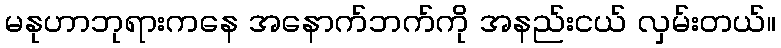
မနုဟာဘုရားကနေ အနောက်ဘက်ကို အနည်းငယ် လှမ်းတယ်။